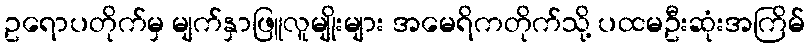
ဥရောပတိုက်မှ မျက်နှာဖြူလူမျိုးများ အမေရိကတိုက်သို့ ပထမဦးဆုံးအကြိမ်